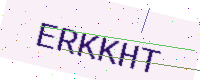
Text: ERKKHT